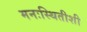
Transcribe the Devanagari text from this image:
मनःस्थितीशी